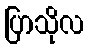
ပြာသိုလ